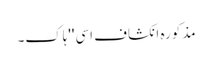
مذکورہ انکشاف اسی ''ہاک۔